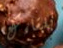
بلقاءك